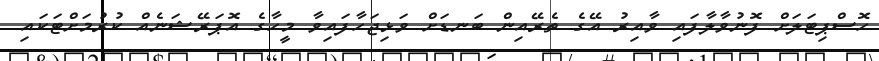
ހޮސްޕިޓަލަށް ފޮނުވާލާފައި ވާއިރު އޭގެ ތެރޭއިން ބަނޑަށް ވަޅިޖަހާފައިވާ މީހާގެ އޮޕަރޭޝަނެއް ކުރުމަށްޓަކައި